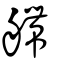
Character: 艜